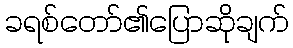
ခရစ်တော်၏ပြောဆိုချက်